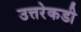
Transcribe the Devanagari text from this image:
उत्तरेकडी